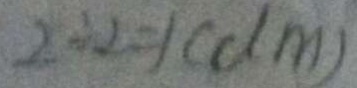
2 \div 2 = 1 ( d m )